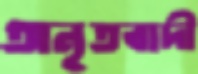
অনৃতবাদী